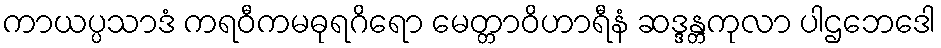
ကာယပ္ပသာဒံ ကရဝီကမဓုရဂိရော မေတ္တာဝိဟာရီနံ ဆဒ္ဒန္တကုလာ ပါဌဘေဒေါ